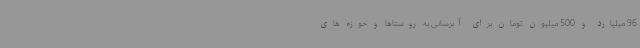
96 میلیارد و 500 میلیون تومان برای آبرسانی به روستاها و حوزه های